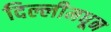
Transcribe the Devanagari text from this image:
दिल्लीमधून